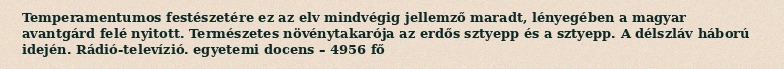
Temperamentumos festészetére ez az elv mindvégig jellemző maradt, lényegében a magyar avantgárd felé nyitott. Természetes növénytakarója az erdős sztyepp és a sztyepp. A délszláv háború idején. Rádió-televízió. egyetemi docens – 4956 fő